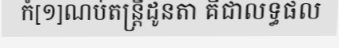
កំ[១]ណប់តន្ត្រីដូនតា គឺជាលទ្ធផល